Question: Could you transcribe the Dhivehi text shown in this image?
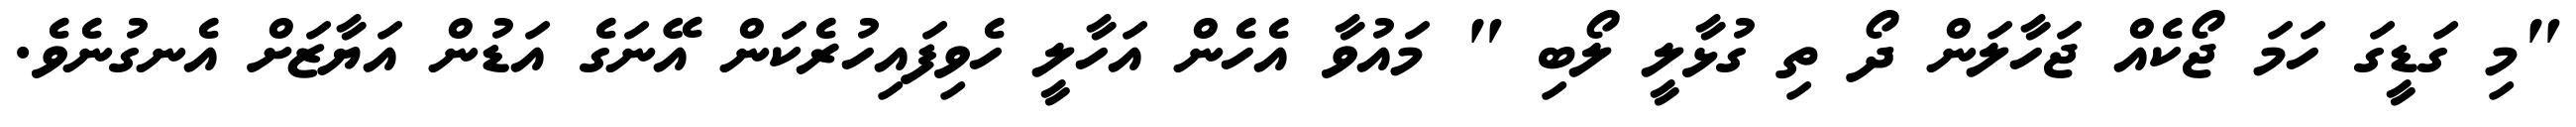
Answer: "މި ގަޑީގަ ހަމަ ޖޯކެއް ޖަހާލަން ދޯ ތި ގުޅާލީ ލޯބި " މައުވާ އެހެން އަހާލީ ހެވިފައިހުރެކަން އޭނަގެ އަޑުން އަޔާޒަށް އެނގުނެވެ.